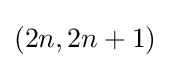
(2n,2n+1)